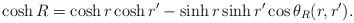
LaTeX: \begin{align*}\cosh R = \cosh r\cosh r'-\sinh r\sinh r'\cos \theta_R(r,r').\end{align*}